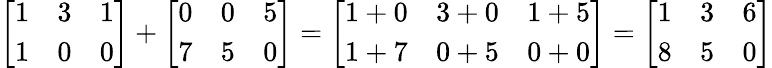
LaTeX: {\left[\begin{array}{lll}{1}&{3}&{1}\\ {1}&{0}&{0}\end{array}\right]}+{\left[\begin{array}{lll}{0}&{0}&{5}\\ {7}&{5}&{0}\end{array}\right]}={\left[\begin{array}{lll}{1+0}&{3+0}&{1+5}\\ {1+7}&{0+5}&{0+0}\end{array}\right]}={\left[\begin{array}{lll}{1}&{3}&{6}\\ {8}&{5}&{0}\end{array}\right]}